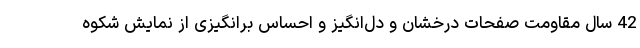
42 سال مقاومت صفحات درخشان و دل‌انگیز و احساس برانگیزی از نمایش شکوه